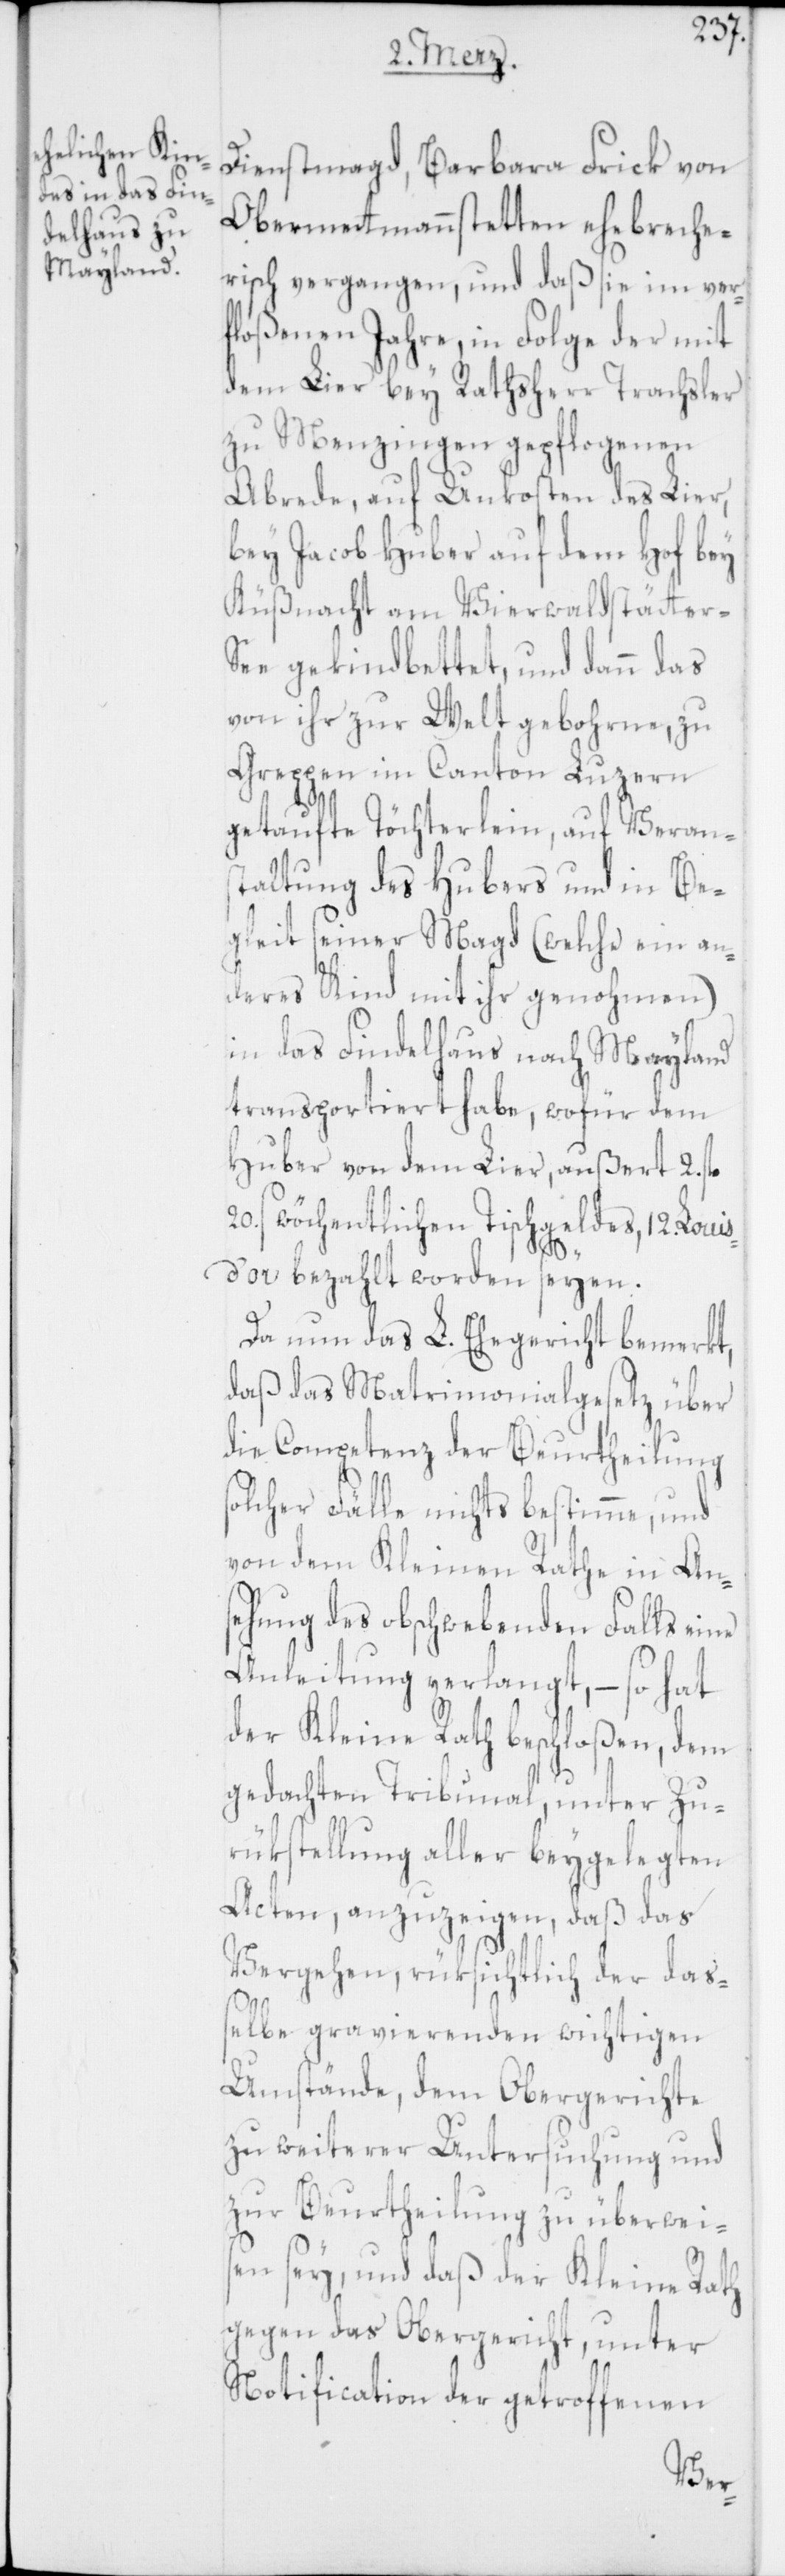
Dienstmagd, Barbara Frick von
Obermetmannstetten ehebreche¬
risch vergangen, und daß sie im ver¬
floßenen Jahre, in Folge der mit
dem Lier bey Rathsherr Trachsler
zu Menzingen gepflogenen
Abrede, auf Unkosten des Lier,
bey Jacob Huber auf dem Hof bey
Küßnacht am Vierwaldstäter-S¬
ee gekindbettet, und dann das
von ihr zur Welt gebohrne, zu
Greppen im Canton Luzern
getaufte Töchterlein, auf Verans¬
taltung des Hubers und in Be¬
gleit seiner Magd (welche ein an¬
deres Kind mit ihr genohmen)
in das Findelhaus nach Mayland
transportiert habe, wofür dem
Huber von dem Lier, außert 2.
20 s wöchentlichen Tischgeldes, 12. Louis
d’or bezahlt worden seyen.
Da nun das L. Ehegericht bemerkt,
daß das Matrimonialgesetz über
die Competenz der Beurtheilung
ne
olcher Fälle nichts bestimme, und
von dem Kleinen Rathe in Ans¬
ehung des obschwebenden Falls ei¬
Anleitung verlangt, – so hat
der Kleine Rath beschloßen, dem
gedachten Tribunal, unter Zu¬
rükstellung aller beygelegten
Acten, anzuzeigen, daß das
Vergehen, rüksichtlich der daß¬
elbe gravierenden wichtigen
Umstände, dem Obergerichte
zu weiterer Untersuchung und
zur Beurtheilung zu überwei¬
sen sey, und daß der Kleine Rath
gegen das Obergericht, unter
Notification der getroffenen